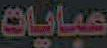
عبايات